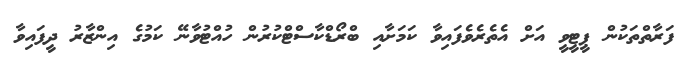
ފަރާތްތަކުން ޕީޓީވީ އަށް އެތެރެވެފައިވާ ކަމަށާއި ބްރޯޑްކާސްޓްކުރުން ހުއްޓުވާނޭ ކަމުގެ އިންޒާރު ދީފައިވާ